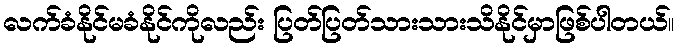
လက်ခံနိုင်မခံနိုင်ကိုလည်း ပြတ်ပြတ်သားသားသိနိုင်မှာဖြစ်ပါတယ်။